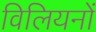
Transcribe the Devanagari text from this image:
विलियनों